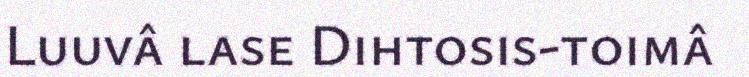
Luuvâ lase Dihtosis-toimâ